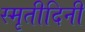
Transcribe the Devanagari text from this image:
स्मृतीदिनी